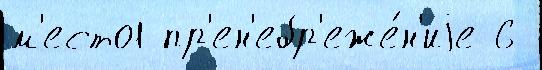
м'есто1 пр'ен'ебр'еже́н'иjе 6